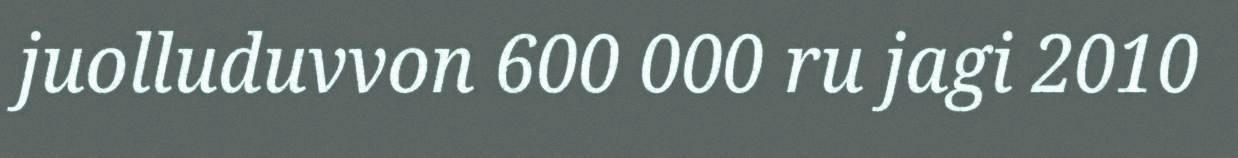
juolluduvvon 600 000 ru jagi 2010